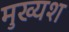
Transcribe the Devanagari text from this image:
मुख्यश